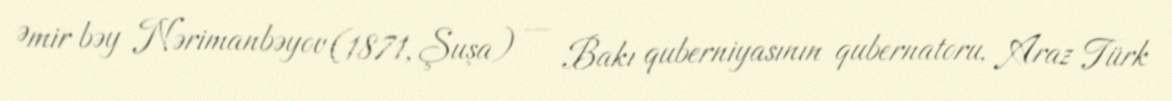
Əmir bəy Nərimanbəyov (1871, Şuşa) — Bakı quberniyasının qubernatoru, Araz Türk